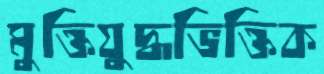
মুক্তিযুদ্ধভিক্তিক